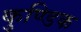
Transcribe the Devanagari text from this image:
कुण्डिक